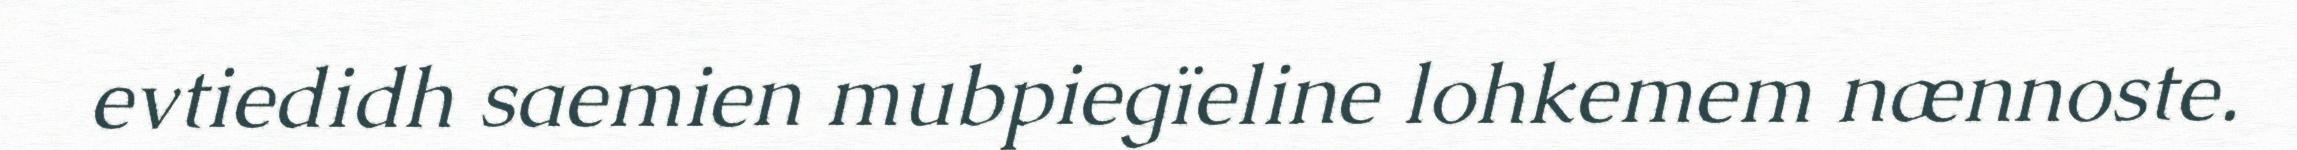
evtiedidh saemien mubpiegïeline lohkemem nænnoste.